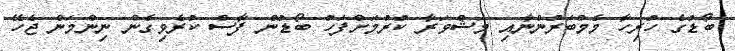
ބޯޑުގެ ހުރިހާ މެމްބަރުންނާއި މަޝްވަރާ ކުރުމަށްފަހު ބޯޑުން ފާސް ކުރެވިގެން ނިންމަން ޖެހޭ